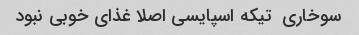
سوخاری  تیکه اسپایسی اصلا غذای خوبی نبود